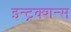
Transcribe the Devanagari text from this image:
इन्ट्रक्शन्स